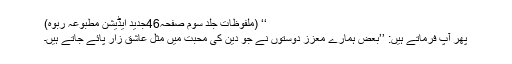
‘‘ (ملفوظات جلد سوم صفحہ46جدید ایڈیشن مطبوعہ ربوہ)
پھر آپؑ فرماتے ہیں: ’’بعض ہمارے معزز دوستوں نے جو دین کی محبت میں مثل عاشق زار پائے جاتے ہیں۔